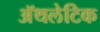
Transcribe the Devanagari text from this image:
अॅथलेटिक